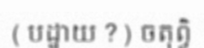
( បដ្ឋាយ ? ) ចតុព្វិ